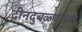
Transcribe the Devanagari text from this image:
दीनदुबळ्यांच्या